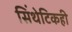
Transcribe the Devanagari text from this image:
सिंथेटिकही